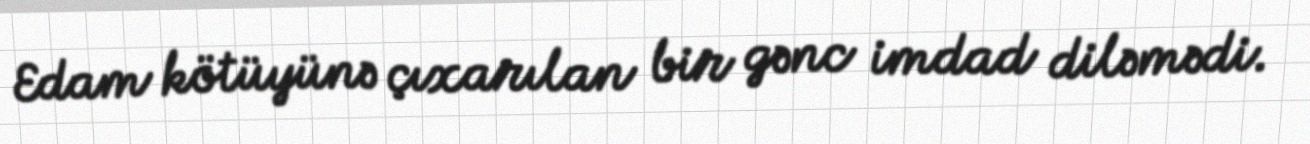
Edam kötüyünə çıxarılan bir gənc imdad diləmədi.